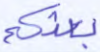
بعثكم